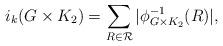
LaTeX: \begin{align*}i_k(G\times K_2)=\sum_{R \in \mathcal{R}}|\phi_{G\times K_2}^{-1}(R)|,\end{align*}